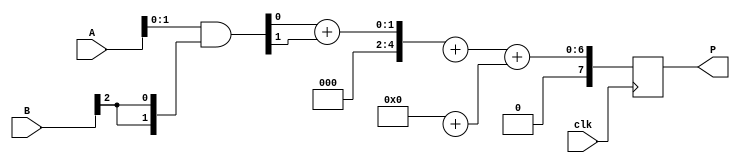
module WallaceTreeMultiplier #(parameter N = 4) (
    input wire clk,
    input wire [N-1:0] A, // Operand A
    input wire [N-1:0] B, // Operand B
    output reg [2*N-1:0] P // Product
);

    // Partial products
    wire [N-1:0] pp [0:N-1]; // pp[i] = A & B[i]
    genvar i;
    generate
        for (i = 0; i < N; i = i + 1) begin : PARTIAL_PRODUCT_GENERATION
            assign pp[i] = A & {N{B[i]}};
        end
    endgenerate

    // Intermediate signals for Wallace tree addition. 
    wire [N:0] sum [0:N-1];  // Sum from half adders and full adders
    wire [N:0] carry [0:N-1]; // Carry from half adders and full adders

    // Here we implement the Wallace tree reduction
    // Level 1: Half Adders and Full Adders
    generate
        for(i = 0; i < N-1; i = i + 1) begin : WALLACE_TREE_ADDITION
            if (i % 2 == 0) begin
                // Half Adders for even indexed sums
                assign {carry[i], sum[i]} = pp[i][0] + pp[i][1];
            end
            else begin
                // Full Adders for odd indexed sums and carry from even
                assign {carry[i], sum[i]} = pp[i][0] + pp[i][1] + carry[i-1];
            end
        end
    endgenerate

    // Final product calculation
    wire [2*N-1:0] final_sum;
    wire [2*N-1:0] final_carry;

    // Use a ripple carry adder for the final addition of the sums and carries
    assign final_sum = sum[N-2] + sum[N-1];   // last sums
    assign final_carry = carry[N-2] + carry[N-1]; // last carries

    always @(posedge clk) begin
        P <= final_sum + final_carry;
    end
endmodule